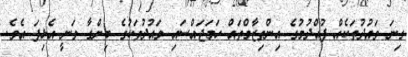
ގިނަ ވައުދުތަކެއް ފުއްދުމުގެ އިންތިޒާމްތަައް ހަމަޖައްސައި ވައުދުތަކުގެ ބިންގާ ވަނީ އެޅިފަ އެވެ.